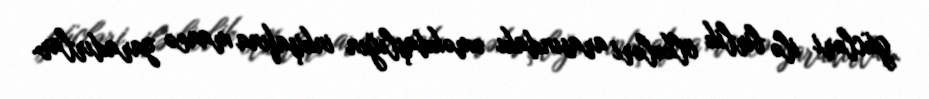
gücləri ilə birlik ölkələri arasındakı əməkdaşlığın inkişafına maneə yaradırlar.